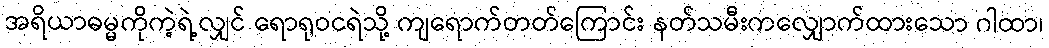
အရိယာဓမ္မကိုကဲ့ရဲ့လျှင် ရောရုဝငရဲသို့ ကျရောက်တတ်ကြောင်း နတ်သမီးကလျှောက်ထားသော ဂါထာ၊